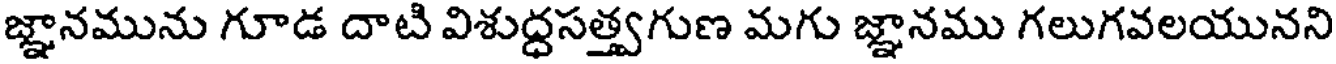
జ్ఞానమును గూడ దాటి విశుద్ధసత్త్వగుణ మగు జ్ఞానము గలుగవలయునని